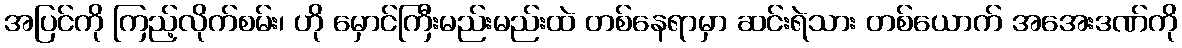
အပြင်ကို ကြည့်လိုက်စမ်း၊ ဟို မှောင်ကြီးမည်းမည်းထဲ တစ်နေရာမှာ ဆင်းရဲသား တစ်ယောက် အအေးဒဏ်ကို